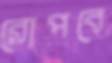
রোপবে